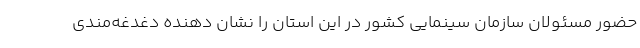
حضور مسئولان سازمان سینمایی کشور در این استان را نشان دهنده دغدغه‌مندی